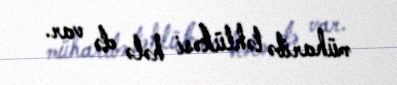
müharibə təhlükəsi hələ də var.